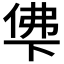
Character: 𰂖